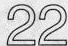
22